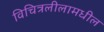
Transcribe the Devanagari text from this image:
विचित्रलीलामधील